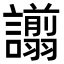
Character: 譾